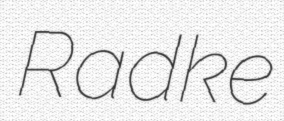
Radke